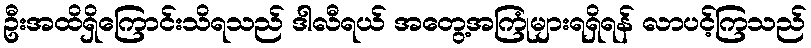
ဦးအထိရှိကြောင်းသိရသည် ဒါလီရယ် အတွေ့အကြုံများရရှိရန် လာပင့်ကြသည်